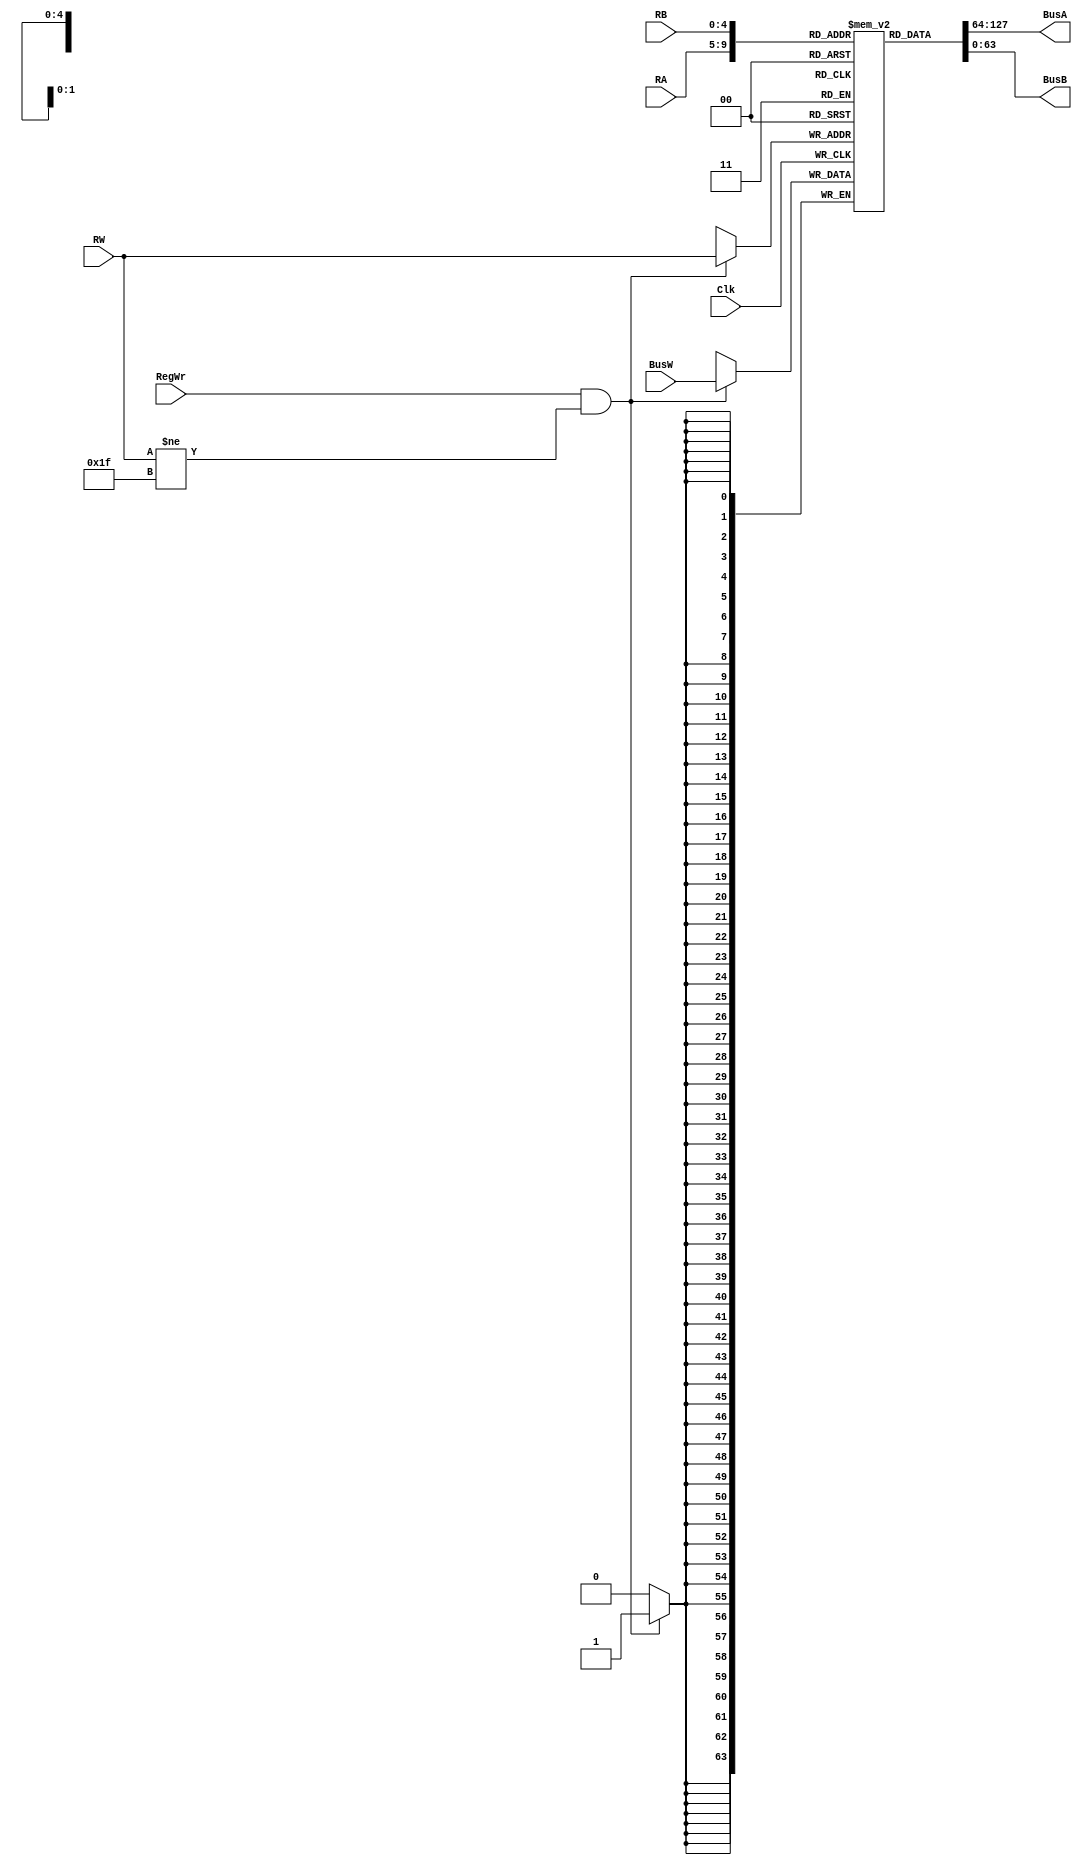
module RegisterFile(BusA, BusB, BusW, RA, RB, RW, RegWr, Clk);
    // Buses A, B, and W are 64 bits wide
    output [63:0] BusA; // // The contents of register RA
    output [63:0] BusB; // The contents of register RB
    input [63:0] BusW; // What is written to register RW
    input [4:0] RA, RB, RW; // Specify which registers to use
    input RegWr;
    input Clk;
    reg [63:0] registers [31:0]; // 32, 64-bit registers
    
    initial registers[31] = 64'b0; // initialize register 31 to 0
    
    assign #2 BusA = registers[RA]; // BusA reads register RA
    assign #2 BusB = registers[RB]; // BusB reads register RB

    always @ (negedge Clk) begin // check every negative clock edge
        if(RegWr && RW != 31) // ensure that register 31 is not overwritten
            registers[RW] <= #3 BusW; // data on Bus W is stored in the register specified by Rw
    end
endmodule